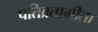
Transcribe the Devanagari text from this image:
पतिव्रतागीता